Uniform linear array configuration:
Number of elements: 12
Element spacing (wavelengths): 0.75
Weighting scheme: binomial
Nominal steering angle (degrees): -45
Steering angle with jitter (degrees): -43.309
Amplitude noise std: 0.05
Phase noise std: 0.05

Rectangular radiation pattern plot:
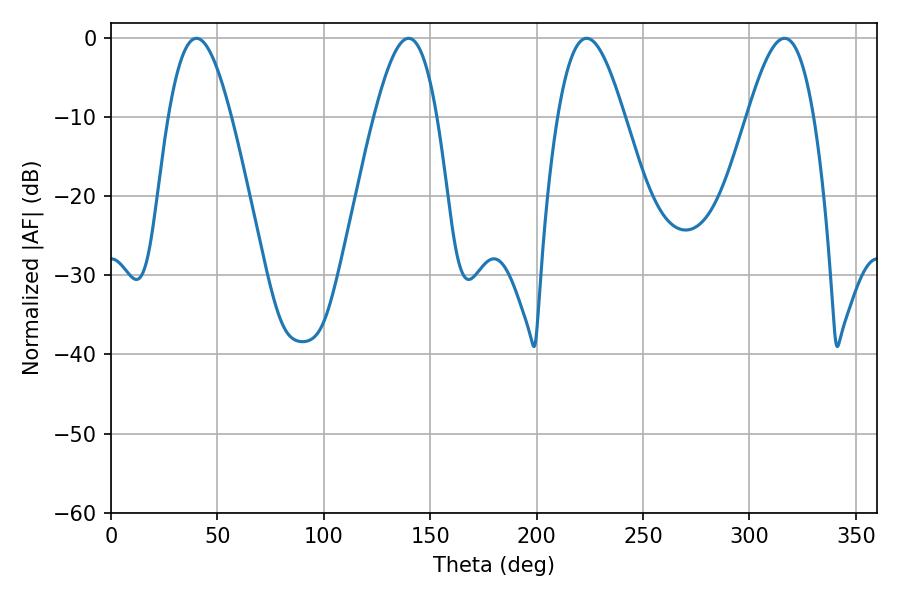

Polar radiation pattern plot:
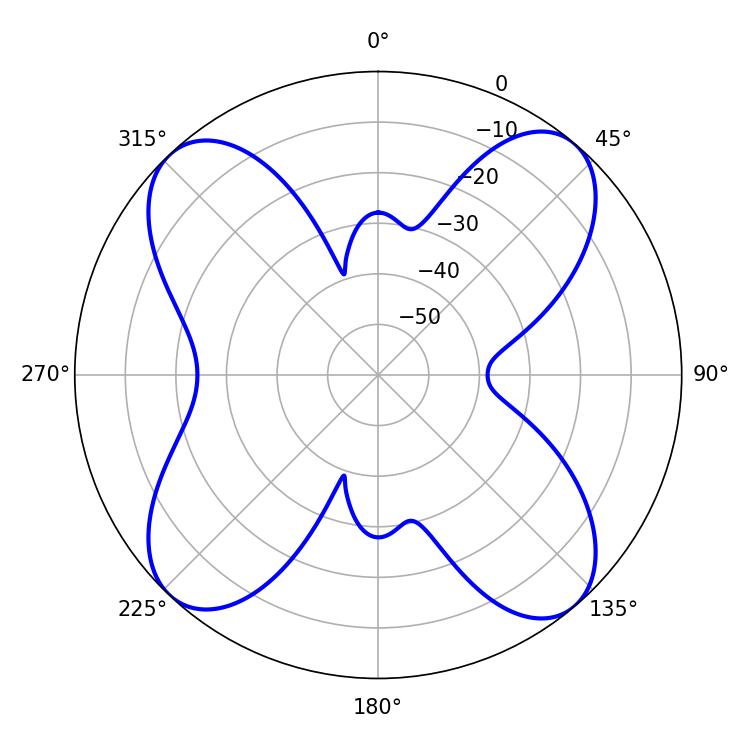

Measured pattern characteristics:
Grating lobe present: TRUE
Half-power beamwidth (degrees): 16.02
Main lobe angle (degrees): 40.14